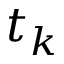
t _ { k }